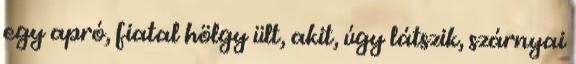
egy apró, fiatal hölgy ült, akit, úgy látszik, szárnyai